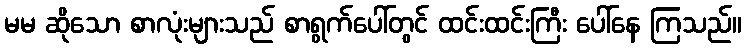
မမ ဆိုသော စာလုံးများသည် စာရွက်ပေါ်တွင် ထင်းထင်းကြီး ပေါ်နေ ကြသည်။